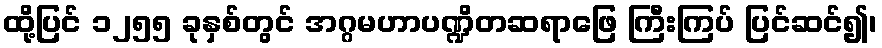
ထို့ပြင် ၁၂၅၅ ခုနှစ်တွင် အဂ္ဂမဟာပဏ္ဍိတဆရာဖြေ ကြီးကြပ် ပြင်ဆင်၍၊